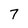
Character: 7